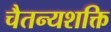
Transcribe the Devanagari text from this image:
चैतन्यशक्ति